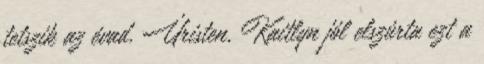
tetszik az évad. Úristen, Kaitlyn jól elszúrta ezt a